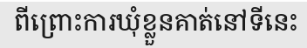
ពីព្រោះការឃុំខ្លួនគាត់នៅទីនេះ